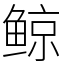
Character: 鲸